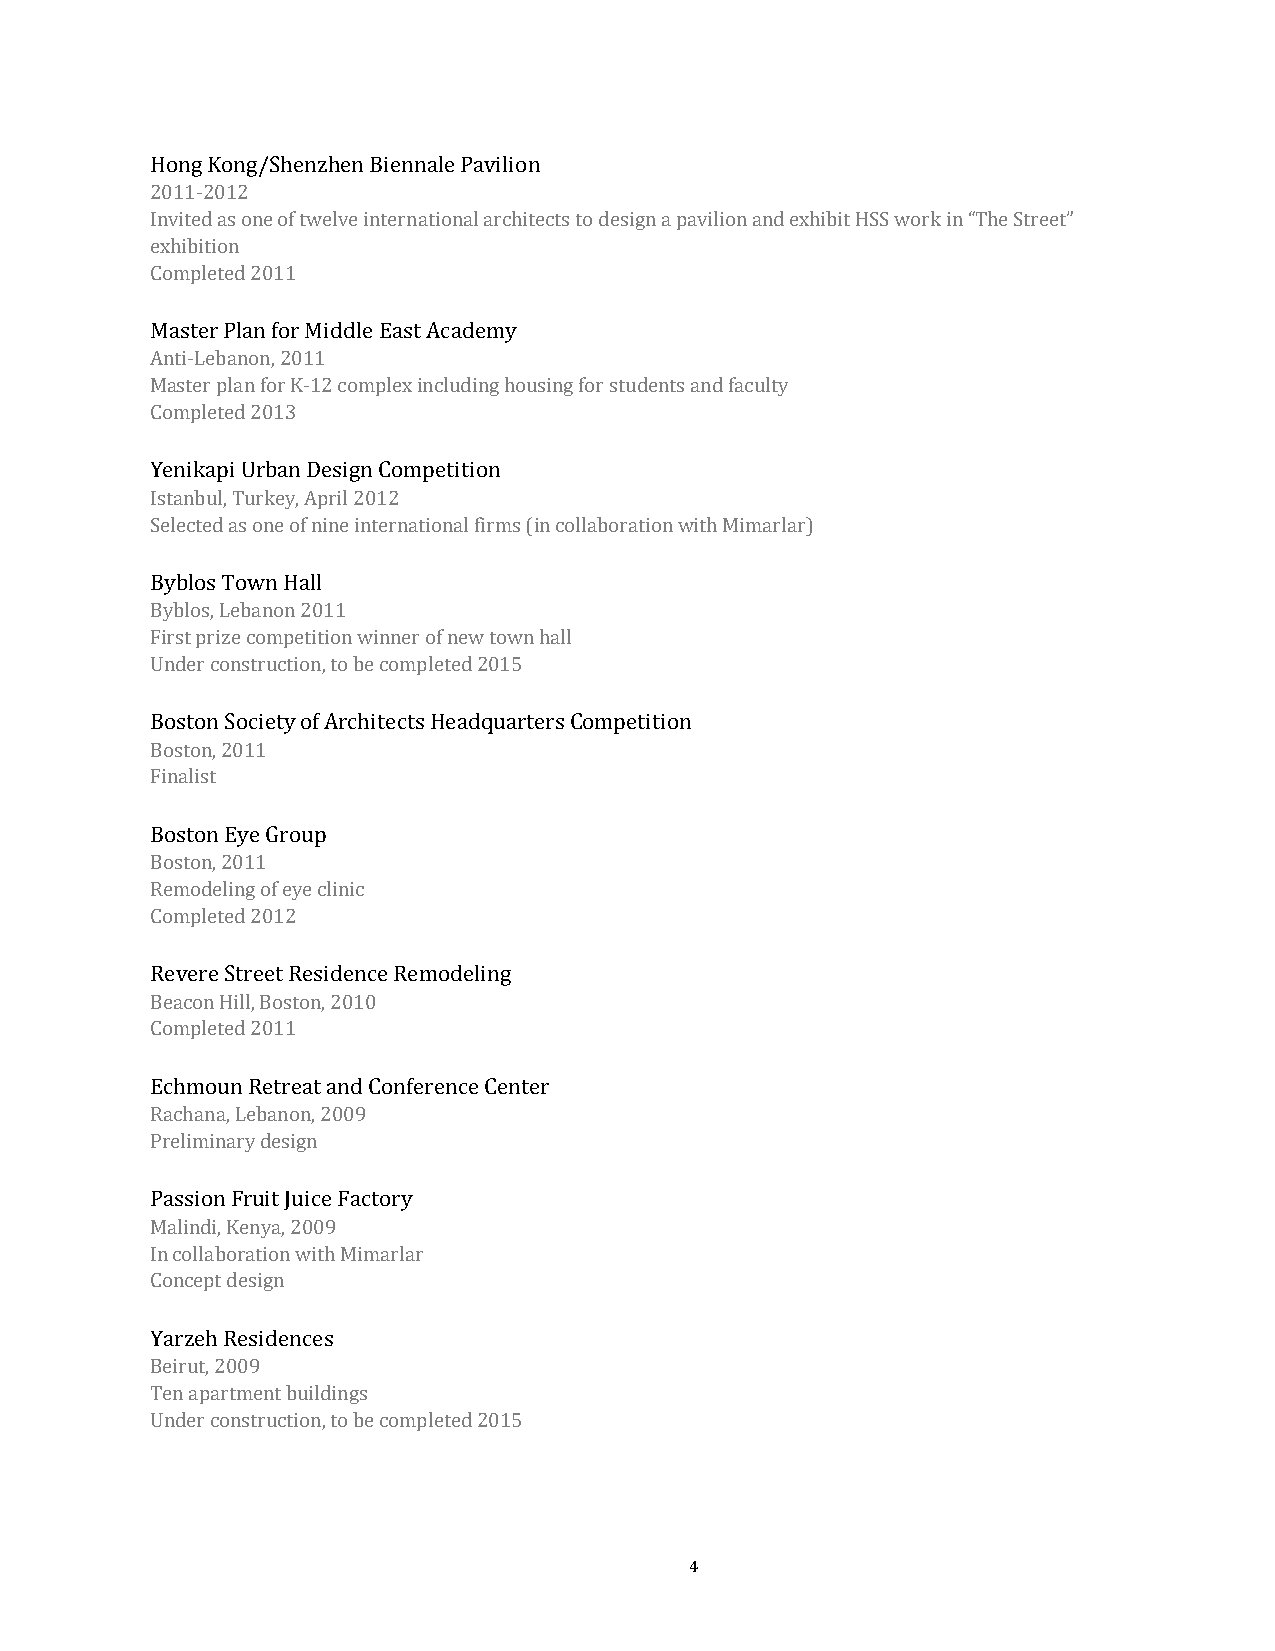
Hong Kong/Shenzhen Biennale Pavilion
 2011-2012
 Invited as one of twelve international architects to design a pavilion and exhibit HSS work in “The Street”
 exhibition
 Completed 2011
 Master Plan for Middle East Academy
 Anti-Lebanon, 2011
 Master plan for K-12 complex including housing for students and faculty
 Completed 2013
 Yenikapi Urban Design Competition
 Istanbul, Turkey, April 2012
 Selected as one of nine international firms (in collaboration with Mimarlar)
 Byblos Town Hall
 Byblos, Lebanon 2011
 First prize competition winner of new town hall
 Under construction, to be completed 2015
 Boston Society of Architects Headquarters Competition
 Boston, 2011
 Finalist
 Boston Eye Group
 Boston, 2011
 Remodeling of eye clinic
 Completed 2012
 Revere Street Residence Remodeling
 Beacon Hill, Boston, 2010
 Completed 2011
 Echmoun Retreat and Conference Center
 Rachana, Lebanon, 2009
 Preliminary design
 Passion Fruit Juice Factory
 Malindi, Kenya, 2009
 In collaboration with Mimarlar
 Concept design
 Yarzeh Residences
 Beirut, 2009
 Ten apartment buildings
 Under construction, to be completed 2015
 4